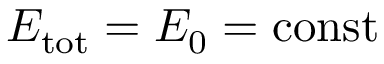
E _ { \mathrm { t o t } } = E _ { 0 } = \mathrm { c o n s t }